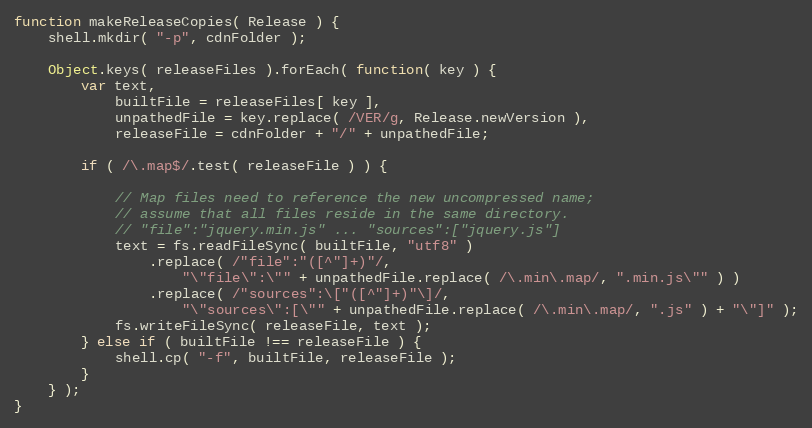
Language: JavaScript
function makeReleaseCopies( Release ) {
	shell.mkdir( "-p", cdnFolder );

	Object.keys( releaseFiles ).forEach( function( key ) {
		var text,
			builtFile = releaseFiles[ key ],
			unpathedFile = key.replace( /VER/g, Release.newVersion ),
			releaseFile = cdnFolder + "/" + unpathedFile;

		if ( /\.map$/.test( releaseFile ) ) {

			// Map files need to reference the new uncompressed name;
			// assume that all files reside in the same directory.
			// "file":"jquery.min.js" ... "sources":["jquery.js"]
			text = fs.readFileSync( builtFile, "utf8" )
				.replace( /"file":"([^"]+)"/,
					"\"file\":\"" + unpathedFile.replace( /\.min\.map/, ".min.js\"" ) )
				.replace( /"sources":\["([^"]+)"\]/,
					"\"sources\":[\"" + unpathedFile.replace( /\.min\.map/, ".js" ) + "\"]" );
			fs.writeFileSync( releaseFile, text );
		} else if ( builtFile !== releaseFile ) {
			shell.cp( "-f", builtFile, releaseFile );
		}
	} );
}